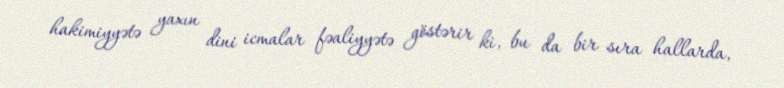
hakimiyyətə yaxın dini icmalar fəaliyyətə göstərir ki, bu da bir sıra hallarda,